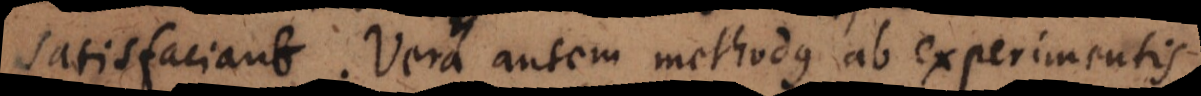
satisfaciant. Vera autem methodus ab experimentis